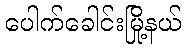
ပေါက်ခေါင်းမြို့နယ်